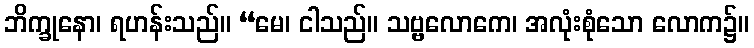
ဘိက္ခုနော၊ ရဟန်းသည်။ “မေ၊ ငါသည်။ သဗ္ဗလောကေ၊ အလုံးစုံသော လောက၌။